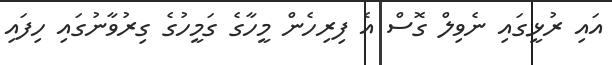
އައި ރުޅީގައި ނެވިލް ގޮސް އެ ފިރިހެން މީހާގެ ގަމީހުގެ ގިރުވާނުގައި ހިފައި